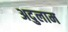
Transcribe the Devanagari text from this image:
अदुलाम